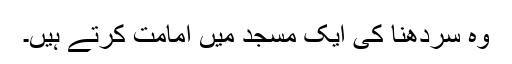
وہ سردھنا کی ایک مسجد میں امامت کرتے ہیں۔